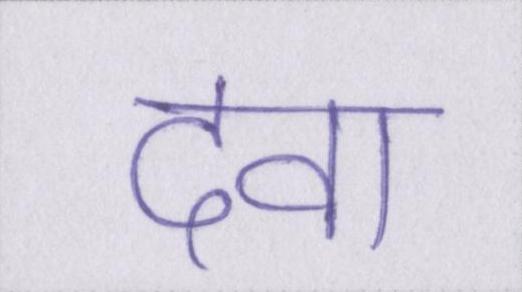
दवा